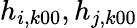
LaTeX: h_{i,k00},h_{j,k00}